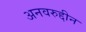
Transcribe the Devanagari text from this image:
अनवरुद्दीन